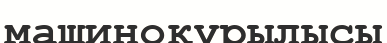
машиноқұрылысы